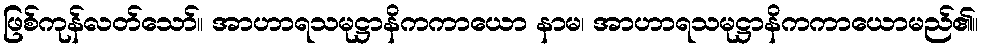
ဖြစ်ကုန်လတ်သော်။ အာဟာရသမုဋ္ဌာနိကကာယော နာမ၊ အာဟာရသမုဋ္ဌာနိကကာယောမည်၏။